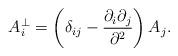
LaTeX: \begin{align*}A_i^\bot=\left(\delta_{ij}-\frac{\partial _i\partial _j}{\partial ^2}\right)A_j.\end{align*}